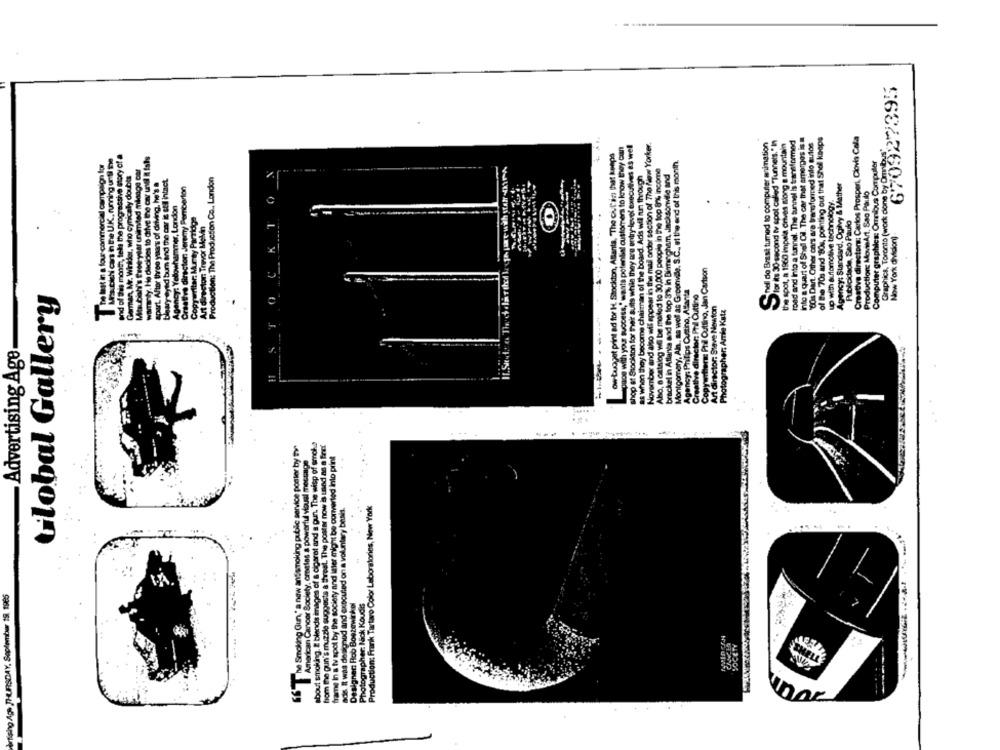
670927395
hel do Brast tumed to computer mimation
for its 30-second tv spot called "Tunnels,"In
the spot, a 1960 impala crives along a mountain
road and Into a tunnel. The tunnel is transformed
into a quart of Shell Oil. The car that emerges is
80s Dart. Other cars are transformed into autos
of the 70s and 80s, pointing out that Sholl koops
Creative directors: Carlos Prospert, Clovis Cala
spaog with your success,' weats potential customers to know they can
shop at Stockton for thek suits while they are entry-level executives as well
November and also will appear in the mail order section of The New Yorker.
Graphics, Toronto (work done by Omnibus"
warranty. He decides to dilve the car undi i fals
ow buagat print ad for H. Stockton, Atlanta, The chulici that keeps
Montgomery, Aln, as well as Greenvide, S.C ., at the end of this month
Computer graphics: Omnibus Computer
parwith tar irA
as when they become chairman of the board. Ads will run through
Aho, a catalog will be mailed to 30,000 people in the top 8% income
brackel in Atlanta and the top 3% in Birmingham, inchsonville and
bleary eyed bum and the car is stil intact.
Production: The Production Co ., London
apart. After three years of driving, he's a
Creative director Jeremy Pemberton
Agency: Standard, Ogilvy & Mather
Production: MovieArt, Sao Paulo
up with automotive technology
Agency: Yellowhammer, London
.... ........
Copywriter: Mur ty Parridge
Publicidade, Sao Paulo
Art director: Trevor Melk
K
Now York division]
Copywithers Phil Outtino, Jan Cartson
Agency: Philips Cutting, Atlanta
tive director: Phil Cutting
tilobal Gallery
ATT
Art director: Steve Newton
Photographer: Amle Katz
Advertising Age
Creath
-
and s pur The wisp of smoke
poster now is used as a fine!
ght be converted into print
hom the gun's muzzle suggests a threat. The poster now
frame In & tv spot by the society and inter might be convw
ntary basis.
adis It was dersonad and executed on a voluntary basis.
Production: Frank Tartaro Color Laboratories, New York
66 The Smoking Gun ,* a new antismo
car Society, create
rtising Ags THURSDAY, September 19, 1985
Designen Rob Boezewickel
Photographer: Nick Koudis
unar